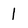
Character: 1